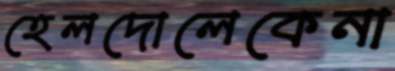
হেলদোলেকেনা